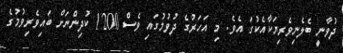
ދުވާނީ ބެލެނިވެރިޔަކާއެކުގަ އެވެ. މި އަހަރުގެ ދުވުމުގައި ވެސް 1200 ކުދިންނަށް ބައިވެރިވުމުގެ